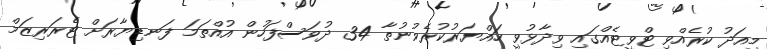
މިއަދު ކުރެއްވި ޓްވީޓެއްގައި ވިދާޅުވީ ހައްޔަރުކުރެވުނުތާ 34 ދުވަސްފަހުން އުއްތަމަ ފަނޑިޔާރަށް ޓެރަރިޒަމް